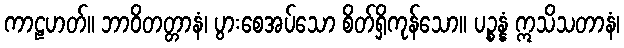
ကာဠဟတ်။ ဘာဝိတတ္တာနံ၊ ပွားစေအပ်သော စိတ်ရှိကုန်သော။ ပဉ္စန္နံ ဣသိသတာနံ၊